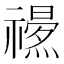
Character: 𥜏